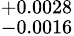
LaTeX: ^{+0.0028}_{-0.0016}